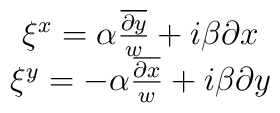
\begin{array}{c}\xi^x=\alpha\frac{\overline{\partial y}}{w}+i\beta\partial x \\\xi^y=-\alpha\frac{\overline{\partial x}}{w}+i\beta\partial y\end{array}